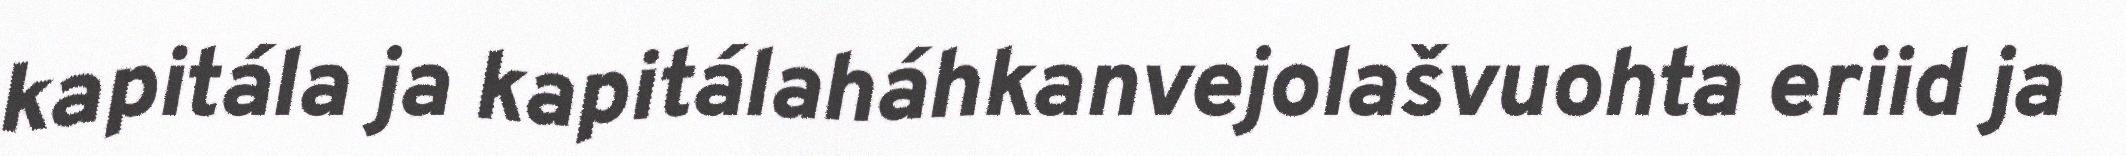
kapitála ja kapitálaháhkanvejolašvuohta eriid ja